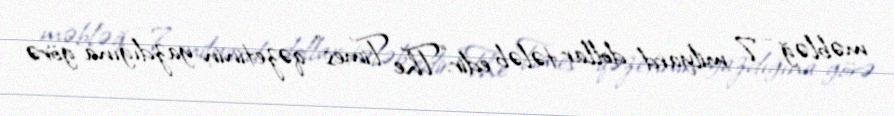
məbləğ - 7 milyard dollar tələb edir.“The Times” qəzetinin yazdığına görə